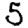
Digit: 5